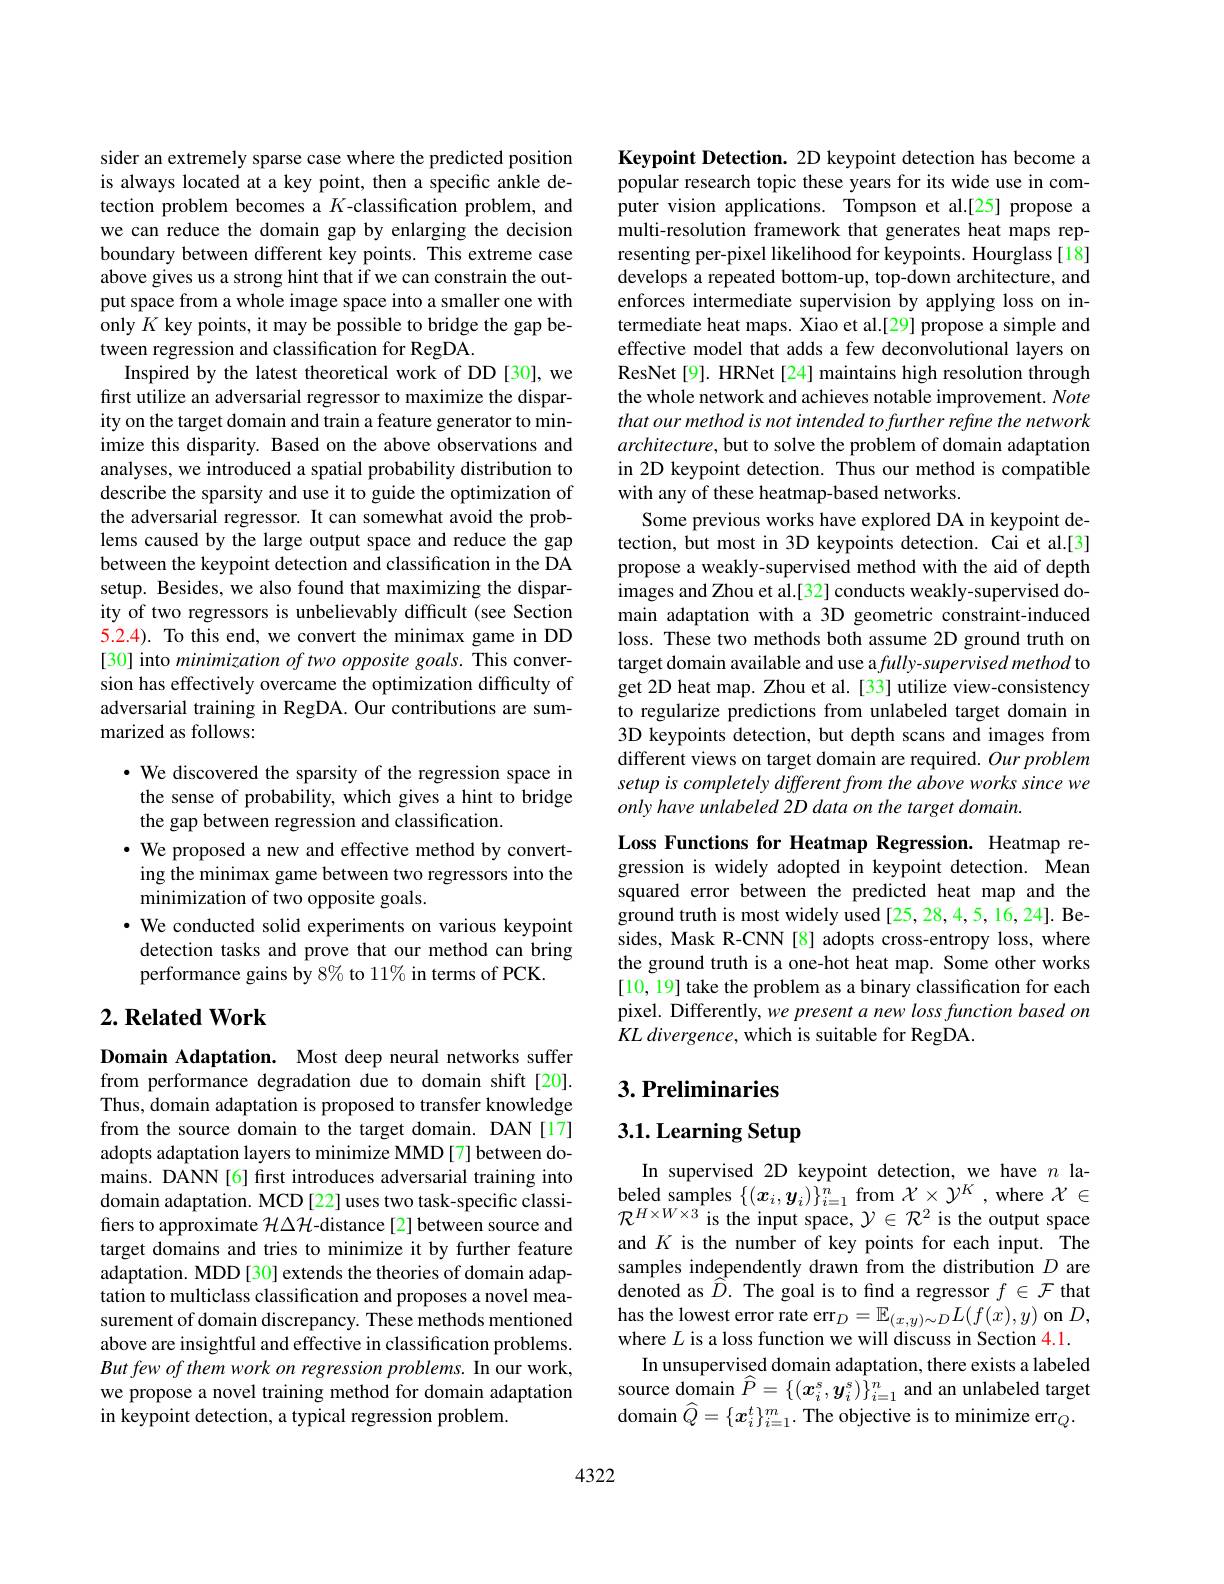
sider an extremely sparse case where the predicted position is always located at a key point, then a specific ankle detection problem becomes a $K$-classification problem, and we can reduce the domain gap by enlarging the decision boundary between different key points. This extreme case above gives us a strong hint that if we can constrain the output space from a whole image space into a smaller one with only $K$ key points, it may be possible to bridge the gap between regression and classification for RegDA.
Inspired by the latest theoretical work of DD[30], we first utilize an adversarial regressor to maximize the disparity on the target domain and train a feature generator to minimize this disparity. Based on the above observations and analyses, we introduced a spatial probability distribution to describe the sparsity and use it to guide the optimization of the adversarial regressor. It can somewhat avoid the problems caused by the large output space and reduce the gap between the keypoint detection and classification in the DA setup. Besides, we also found that maximizing the disparity of two regressors is unbelievably difficult (see Section 5.2.4). To this end, we convert the minimax game in DD [30] into minimization of two opposite goals. This conversion has effectively overcame the optimization difficulty of adversarial training in RegDA. Our contributions are summarized as follows:

$\cdot$ We discovered the sparsity of the regression space in the sense of probability, which gives a hint to bridge the gap between regression and classification.
$\cdot$ We proposed a new and effective method by convert-
ing the minimax game between two regressors into the
minimization of two opposite goals.
· We conducted solid experiments on various keypoint
detection tasks and prove that our method can bring
performance gains by 8% to 11% in terms of PCK.

## $2. \textbf{ Related Work}$

Domain Adaptation. Most deep neural networks suffer from performance degradation due to domain shift[20]. Thus, domain adaptation is proposed to transfer knowledge from the source domain to the target domain. DAN[17] adopts adaptation layers to minimize MMD [7] between domains. DANN[6] frst introduces adversarial training into domain adaptation. MCD [22] uses two task-specific classifiers to approximate $\mathcal{H}\Delta\mathcal{H}$-distance[2] between source and target domains and tries to minimize it by further feature adaptation. MDD[30] extends the theories of domain adaptation to multiclass classification and proposes a novel measurement of domain discrepancy. These methods mentioned above are insightful and effective in classification problems. But few of them work on regression problems. In our work, we propose a novel training method for domain adaptation in keypoint detection, a typical regression problem.

Keypoint Detection. 2D keypoint detection has become a popular research topic these years for its wide use in computer vision applications. Tompson et al.[25] propose a multi-resolution framework that generates heat maps representing per-pixel likelihood for keypoints. Hourglass[18] develops a repeated bottom-up, top-down architecture, and enforces intermediate supervision by applying loss on intermediate heat maps. Xiao et al.[29] propose a simple and effective model that adds a few deconvolutional layers on ResNet[9]. HRNet[24] maintains high resolution through the whole network and achieves notable improvement. Note that our method is not intended to further refine the network $architecture$,but to solve the problem of domain adaptation in 2D keypoint detection. Thus our method is compatible with any of these heatmap-based networks.
Some previous works have explored DA in keypoint detection, but most in 3D keypoints detection. Cai et al.[3] propose a weakly-supervised method with the aid of depth images and Zhou et al.[32] conducts weakly-supervised domain adaptation with a 3D geometric constraint-induced loss. These two methods both assume 2D ground truth on target domain available and use a fully-supervised method to get 2D heat map. Zhou et al. [33] utilize view-consistency to regularize predictions from unlabeled target domain in 3D keypoints detection, but depth scans and images from different views on target domain are required. Our problem setup is completely different from the above works since we only have unlabeled 2D data on the target domain.

Loss Functions for Heatmap Regression. Heatmap regression is widely adopted in keypoint detection. Mean squared error between the predicted heat map and the ground truth is most widely used [25,28,4,5,16,24]. Besides, Mask R-CNN [8] adopts cross-entropy loss, where the ground truth is a one-hot heat map. Some other works [10, 19] take the problem as a binary classification for each pixel. Differently, we present a new loss function based on $KL\textit{divergence, which is suitable for RegDA}.$

## $3. \textbf{Preliminaries}$

# 3.1. Learning Setup

In supervised 2D keypoint detection, we have $n$ la- $\begin{array}{l}{\text{beled samples}}\left\{(\boldsymbol{x}_{i},\boldsymbol{y}_{i})\right\}_{i=1}^{n}\mathrm{~from~}\mathcal{X}\times\mathcal{Y}^{K}\:,\mathrm{~where~}\mathcal{X}\in\\{\mathcal R}^{H\times W\times3}\mathrm{~is~the~input~space},\mathcal{Y}\in\mathcal{R}^{2}\mathrm{~is~the~output~space}\end{array}$ and $K$ is the number of key points for each input. The samples independently drawn from the distribution $D$ are $\hat{\text{denoted as }\widehat{D}}.$ The goal is to find a regressor $f\in\mathcal{F}$ that has the lowest error rate err$_D=\mathbb{E}_{(x,y)\sim D}L(f(x),y)$ on $D$, where $L$ is a loss function we will discuss in Section 4.1.
In unsupervised domain adaptation, there exists a labeled source domain $\widehat P=\{(\boldsymbol{x}_i^s,\boldsymbol{y}_i^s)\}_{i=1}^n$ and an unlabeled target domain $\widehat Q=\{x_i^t\}_{i=1}^m.$ The objective is to minimize err$_Q.$

4322